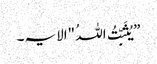
”یُثَبِّتُ اللہُ "الایہ۔